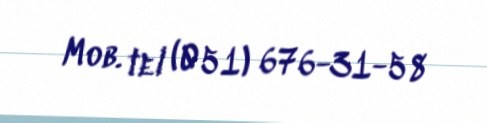
Mob. tel (051) 676-31-58